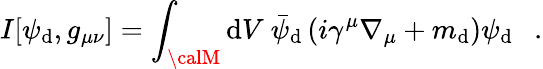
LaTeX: I[\psi_{\mathrm{d}},g_{\mu\nu}]=\int_{\calM}\mathrm{d}V~\bar{{\psi}}_{\mathrm{d}}\left(i\gamma^{\mu}\nabla_{\mu}+m_{\mathrm{d}}\right)\psi_{\mathrm{d}}~~~.